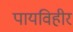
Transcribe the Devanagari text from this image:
पायविहीर